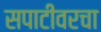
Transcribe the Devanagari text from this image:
सपाटीवरचा